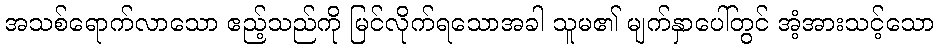
အသစ်ရောက်လာသော ဧည့်သည်ကို မြင်လိုက်ရသောအခါ သူမ၏ မျက်နှာပေါ်တွင် အံ့အားသင့်သော